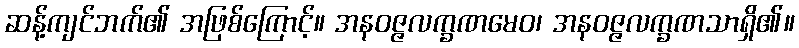
ဆန့်ကျင်ဘက်၏ အဖြစ်ကြောင့်။ အနဝဇ္ဇလက္ခဏမေဝ၊ အနဝဇ္ဇလက္ခဏသာရှိ၏။